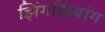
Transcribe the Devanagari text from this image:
झिंगझियांग